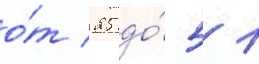
о́т 25 до́ 51